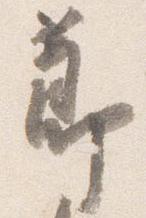
節